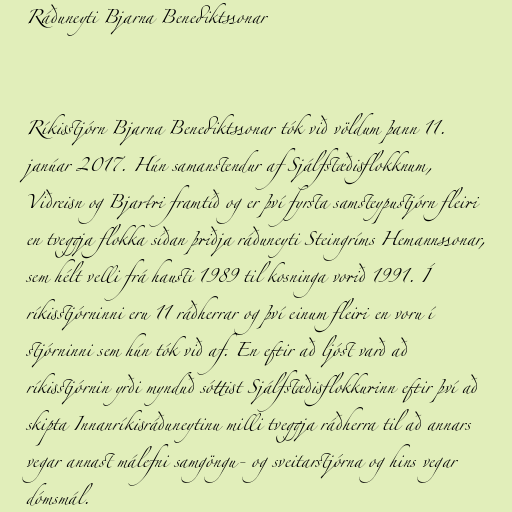
Ráðuneyti Bjarna Benediktssonar

Ríkisstjórn Bjarna Benediktssonar tók við völdum þann 11.
janúar 2017. Hún samanstendur af Sjálfstæðisflokknum,
Viðreisn og Bjartri framtíð og er því fyrsta samsteypustjórn fleiri
en tveggja flokka síðan þriðja ráðuneyti Steingríms Hemannssonar,
sem hélt velli frá hausti 1989 til kosninga vorið 1991. Í
ríkisstjórninni eru 11 ráðherrar og því einum fleiri en voru í
stjórninni sem hún tók við af. En eftir að ljóst varð að
ríkisstjórnin yrði mynduð sóttist Sjálfstæðisflokkurinn eftir því að
skipta Innanríkisráðuneytinu milli tveggja ráðherra til að ann­ars
veg­ar annast málefni samgöngu- og sveit­ar­stjórna­ og hins veg­ar
dóms­mál.